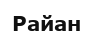
Райан